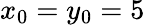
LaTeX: x_{0}=y_{0}=5